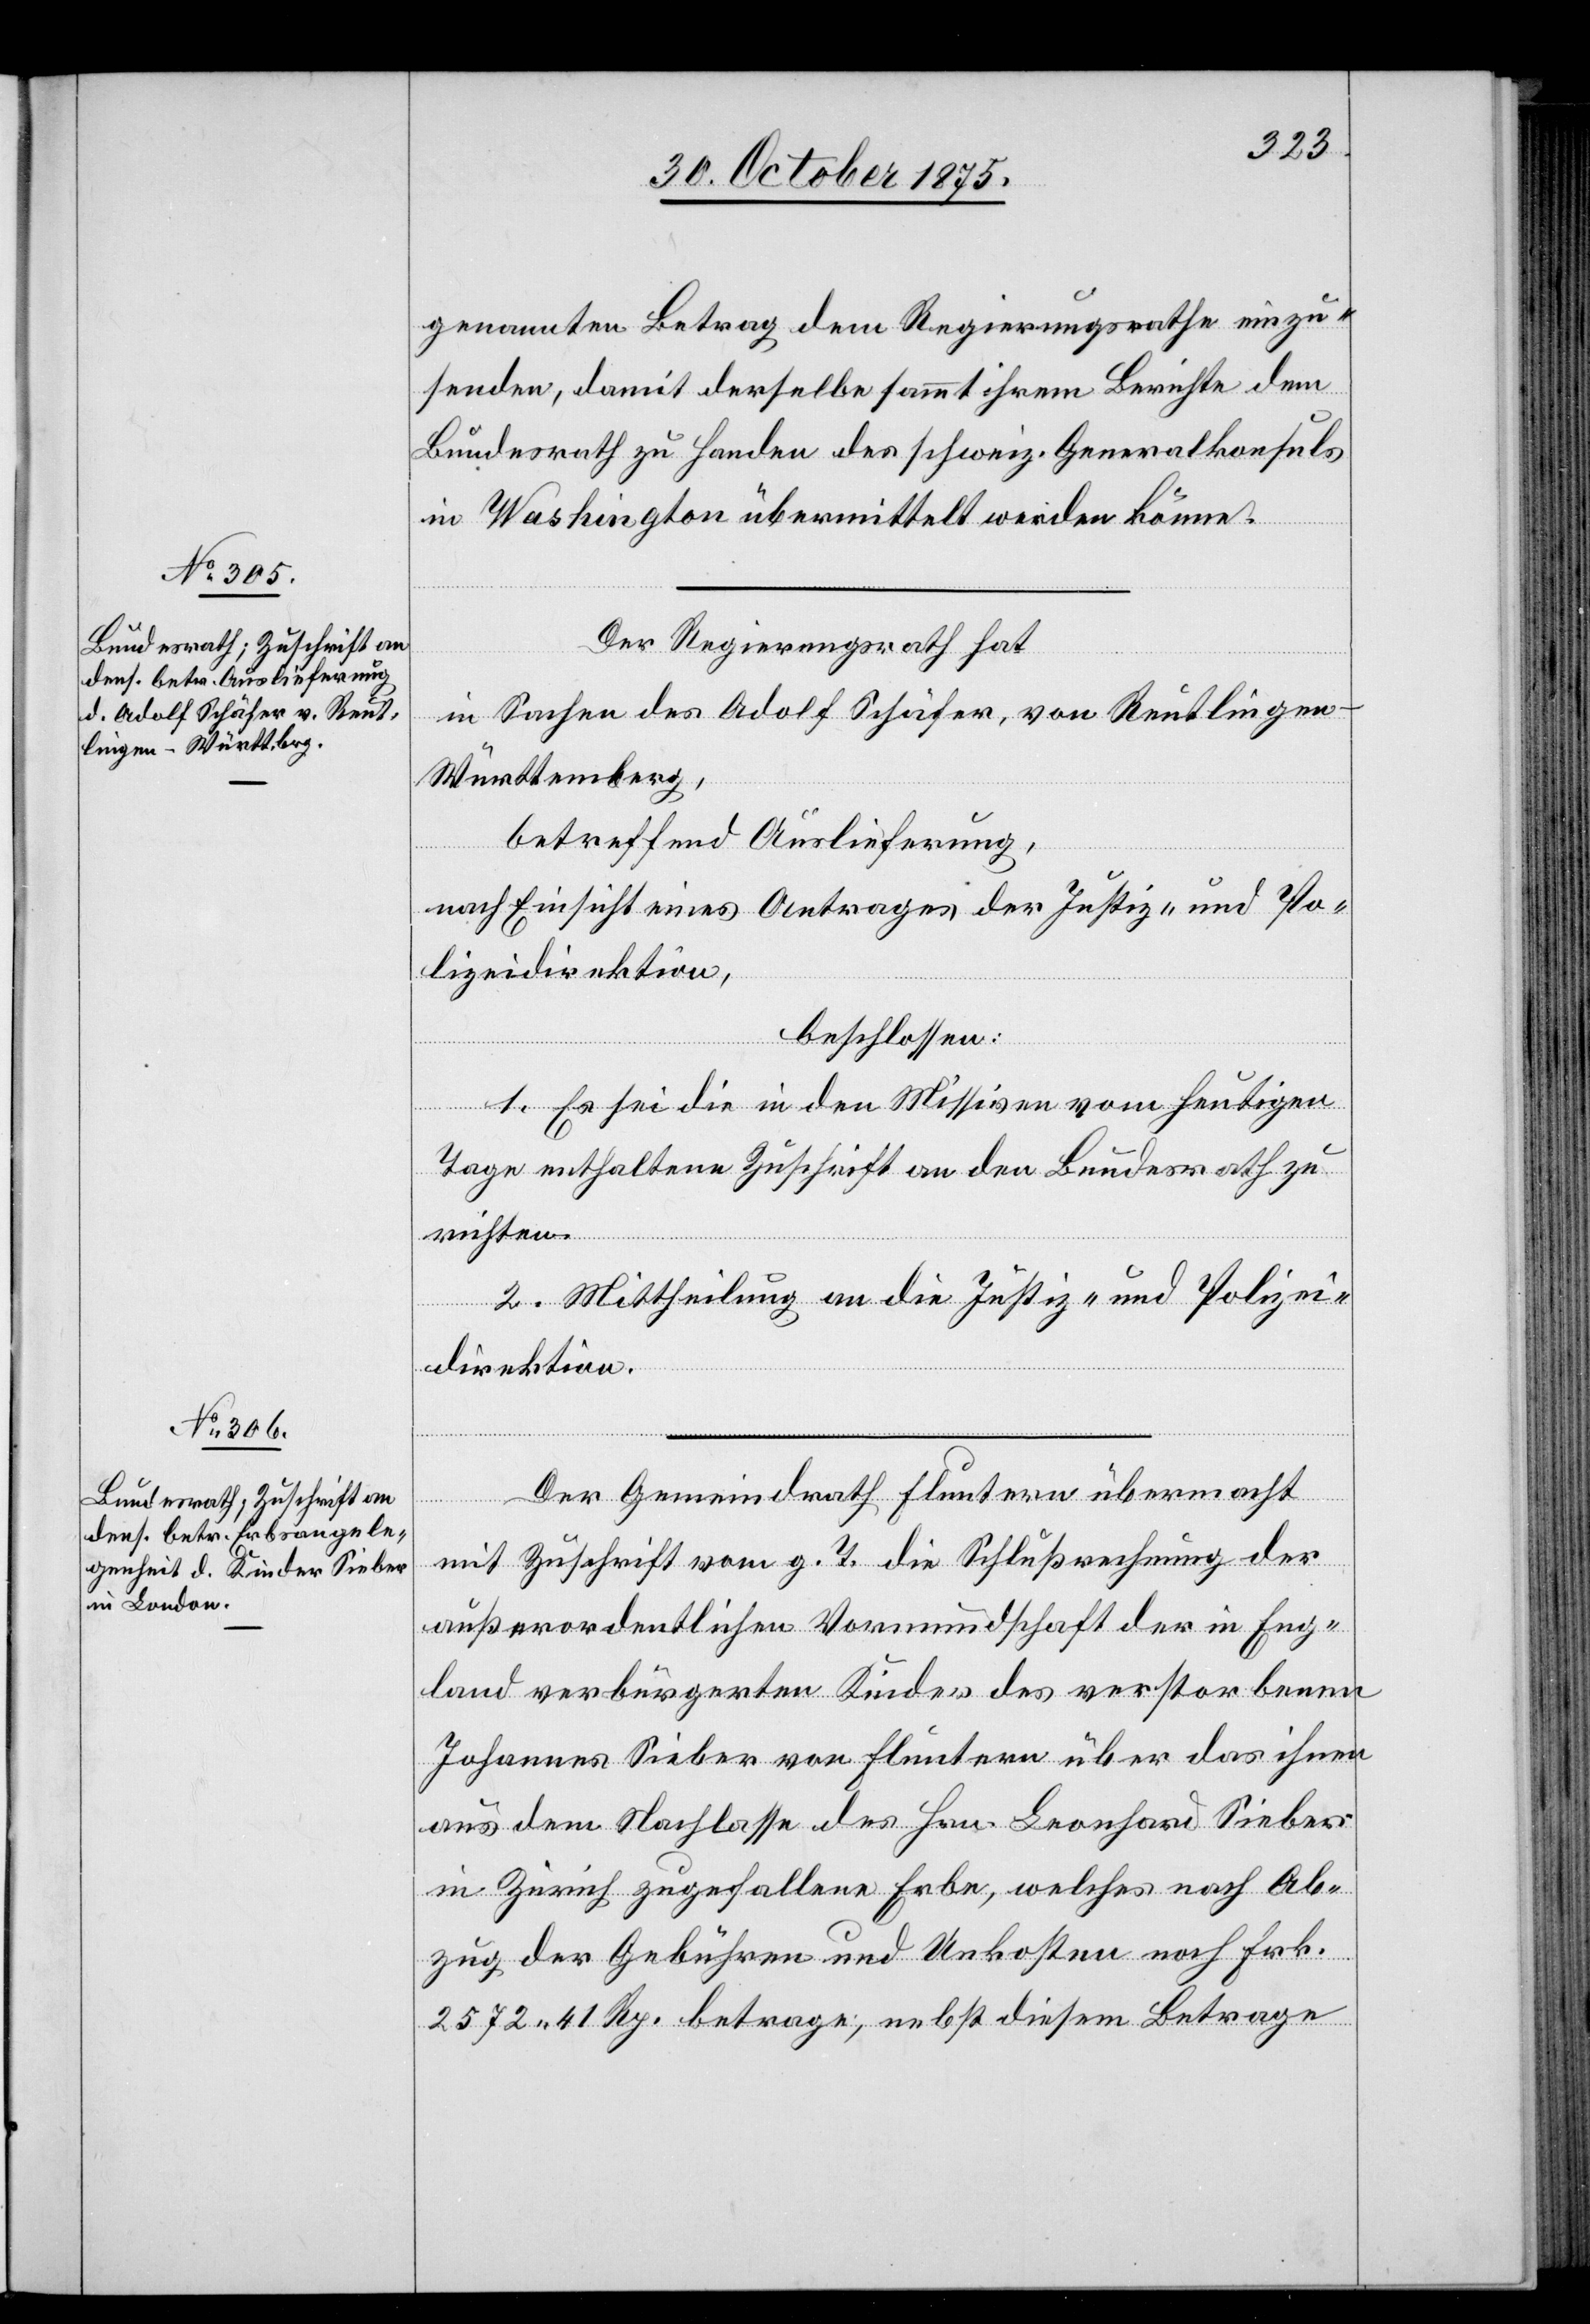
5. November 1875.]
genannten Betrag dem Regierungsrathe einzu¬
senden, damit derselbe sammt ihrem Berichte dem
Bundesrath zu Handen des schweiz. Generalkonsuls
in Washington übermittelt werden könne.
Der Regierungsrath hat
in Sachen des Adolf Schäfer, von Reutlingen
Württemberg,
betreffend Auslieferung,
nach Einsicht eines Antrages der Justiz- und Po¬
lizeidirektion,
beschlossen:
1. Es sei die in den Missiven vom heutigen
Tage enthaltene Zuschrift an den Bundesrath zu
richten.
2. Mittheilung an die Justiz- und Polizei¬
direktion.
Der Gemeindrath Fluntern übermacht
mit Zuschrift vom g. T. die Schlußrechnung der
außerordentlichen Vormundschaft der in Eng¬
land verbürgerten Kinder des verstorbenen
Johannes Sieber von Fluntern über das ihnen
aus dem Nachlasse des Hrn. Leonhard Sieber
in Zürich zugefallene Erbe, welches nach Ab¬
zug der Gebühren und Unkosten noch Frk.
2572 41 Rp. betrage, nebst diesem Betrage